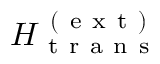
H _ { \mathrm { ~ t ~ r ~ a ~ n ~ s ~ } } ^ { \mathrm { ~ ( ~ e ~ x ~ t ~ ) ~ } }